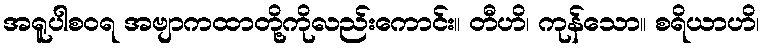
အရူပါစဝရ အဗျာကထာတို့ကိုလည်းကောင်း။ တီဟိ၊ ကုန်သော။ စရိယာဟိ၊